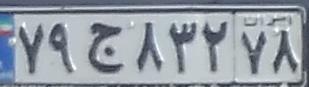
۷۹ج۸۳۲۷۸